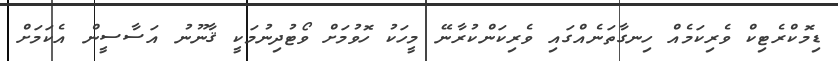
ޑިމޮކްރެޓިކް ވެރިކަމެއް ހިނގާތަނެއްގައި ވެރިކަންކުރާނޭ މީހަކު ހޮވުމަށް ވޯޓުދިނުމަކީ ޤާނޫނު އަސާސީން އެކަމަށް